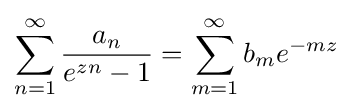
\sum _{n=1}^{\infty }{\frac {a_{n}}{e^{zn}-1}}=\sum _{m=1}^{\infty }b_{m}e^{-mz}